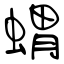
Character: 蝟